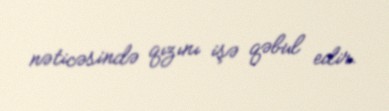
nəticəsində qızını işə qəbul edir.